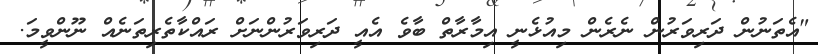
"އެތަނުން ދަރިވަރުން ނެރެން މިއުޅެނީ އިމާރާތް ބާވެ އެއީ ދަރިވަރުންނަށް ރައްކާތެރިތަނެއް ނޫންވީމަ.